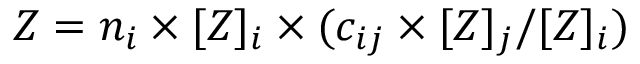
Z = n _ { i } \times [ Z ] _ { i } \times ( c _ { i j } \times [ Z ] _ { j } / [ Z ] _ { i } )